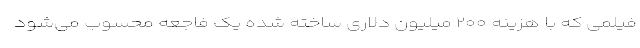
فیلمی که با هزینه ۲۰۰ میلیون دلاری ساخته شده یک فاجعه محسوب می‌شود